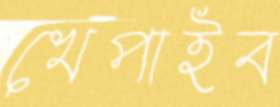
খেপাইব